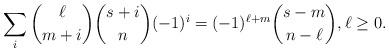
LaTeX: \begin{align*}\sum_{i}\binom{\ell}{m+i}\binom{s+i}{n}(-1)^i=(-1)^{\ell+m}\binom{s-m}{n-\ell}, \ell\ge0.\end{align*}